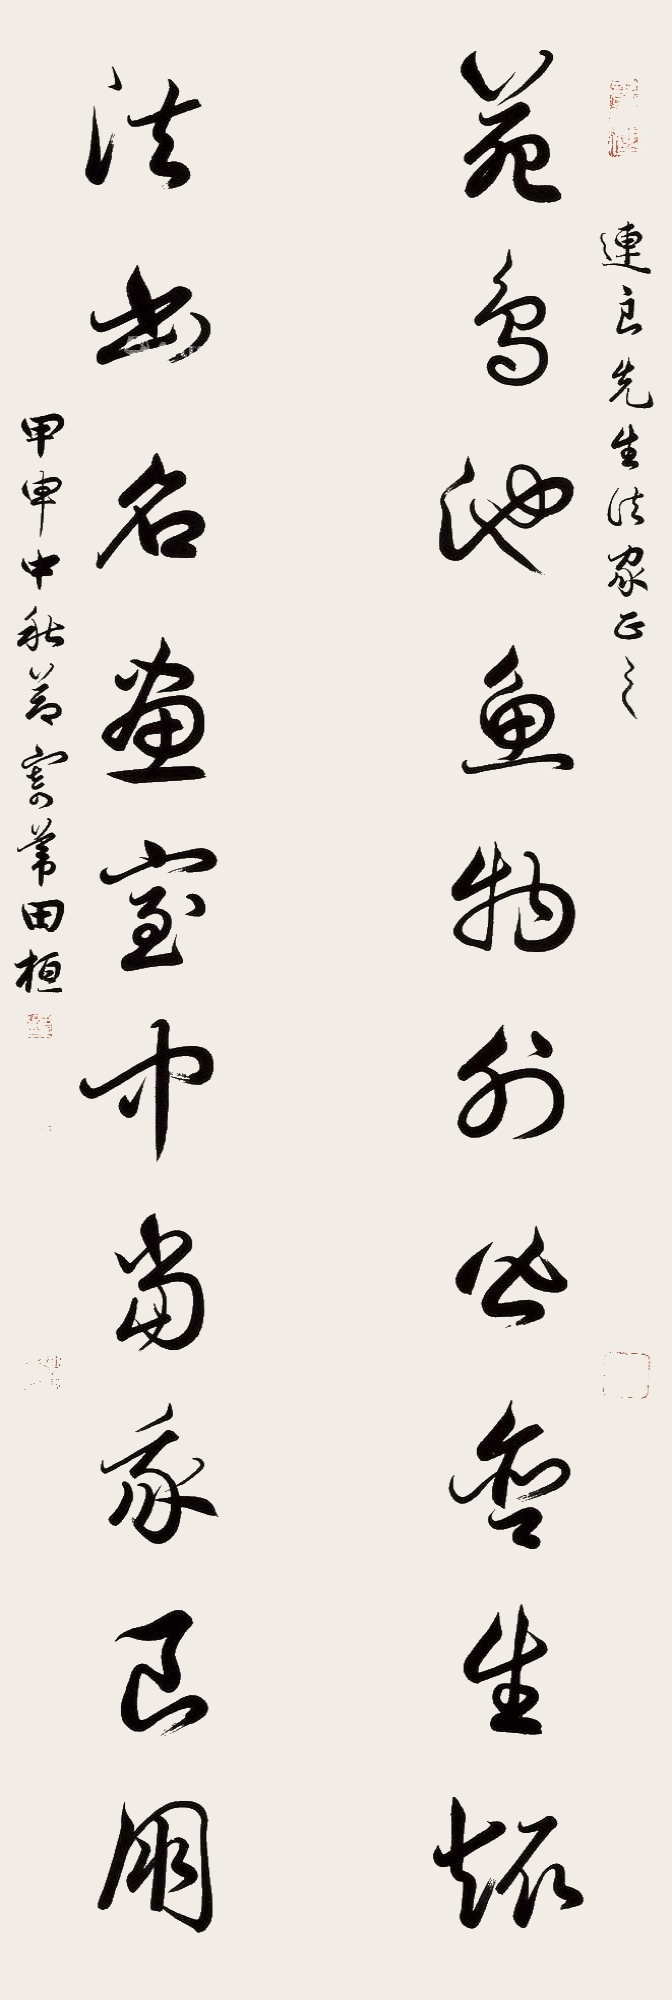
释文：苑鸟池池鱼物外皆含生趣，法书名画室中当我良朋。连良先生法家正之，甲申中秋节寄苇田桓。